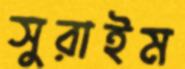
সুরাইম